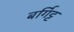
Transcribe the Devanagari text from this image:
बर्गिट्ट